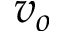
v _ { o }